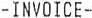
-INVOICE-